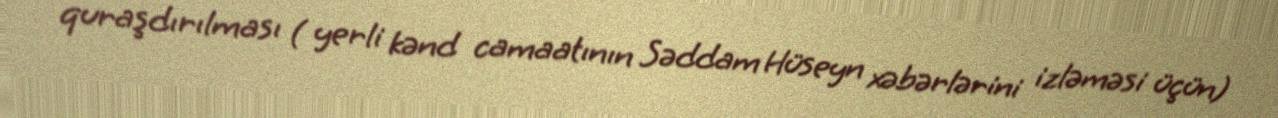
quraşdırılması ( yerli kənd camaatının Səddam Hüseyn xəbərlərini izləməsi üçün)